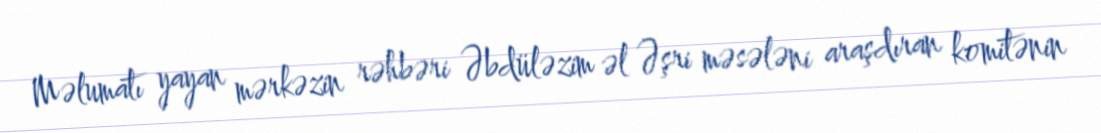
Məlumatı yayan mərkəzin rəhbəri Əbdüləzim əl Əşri məsələni araşdıran komitənin